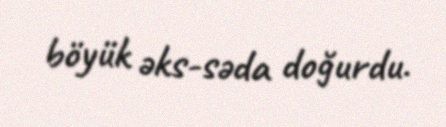
böyük əks-səda doğurdu.